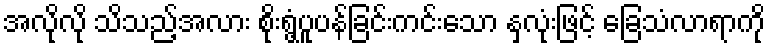
အလိုလို သိသည့်အလား စိုးရွံ့ပူပန်ခြင်းကင်းသော နှလုံးဖြင့် ခြေသံလာရာကို